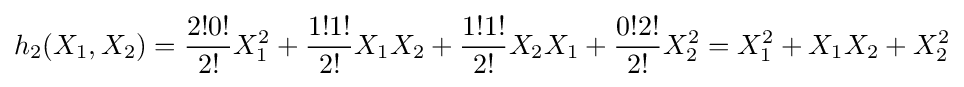
h_{2}(X_{1},X_{2})={\frac {2!0!}{2!}}X_{1}^{2}+{\frac {1!1!}{2!}}X_{1}X_{2}+{\frac {1!1!}{2!}}X_{2}X_{1}+{\frac {0!2!}{2!}}X_{2}^{2}=X_{1}^{2}+X_{1}X_{2}+X_{2}^{2}